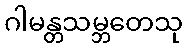
ဂါမန္တသမ္ဘတေသု